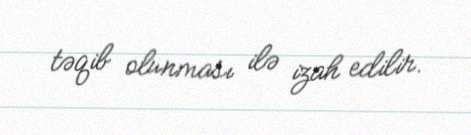
təqib olunması ilə izah edilir.